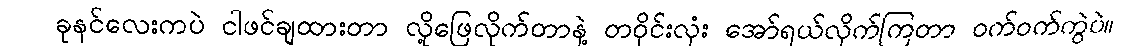
ခုနင်လေးကပဲ ငါဖင်ချထားတာ လို့ဖြေလိုက်တာနဲ့ တဝိုင်းလုံး အော်ရယ်လိုက်ကြတာ ဝက်ဝက်ကွဲပဲ။